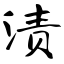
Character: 渍